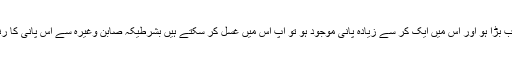
جواب:بسمہ سبحانہ اگر ٹب بڑا ہو اور اس میں ایک کر سے زیادہ پانی موجود ہو تو آپ اس میں غسل کر سکتے ہیں بشرطیکہ صابن وغیرہ سے اس پانی کا رنگ، بو، ذائقہ تبدیل نہ ہو۔